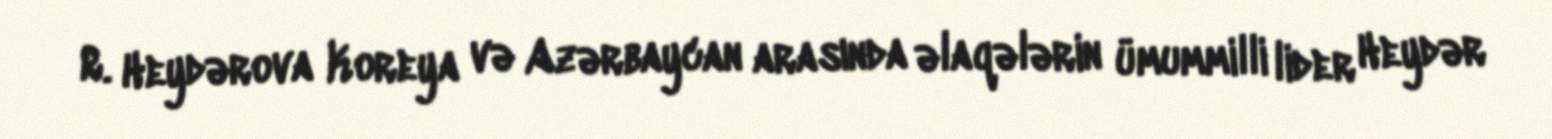
R. Heydərova Koreya və Azərbaycan arasında əlaqələrin ümummilli lider Heydər